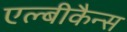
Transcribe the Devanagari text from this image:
एल्बीकैन्स